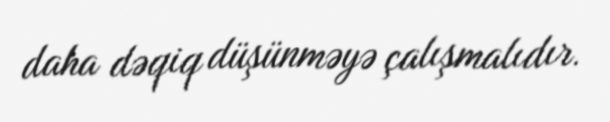
daha dəqiq düşünməyə çalışmalıdır.